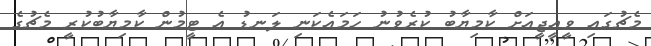
މެޗުގައި ވީއީޖީއަށް ކާމިޔާބު ކުރެވުނު ހަމައެކަނި ލަނޑު އެ ޓީމުން ކާމިޔާބުކުރީ މެޗުގެ